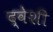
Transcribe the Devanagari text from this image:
द्वेशी